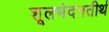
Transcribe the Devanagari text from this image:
शूलभेदनतीर्थ